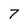
Character: 7